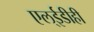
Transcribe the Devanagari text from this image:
एल्‌ईडीही